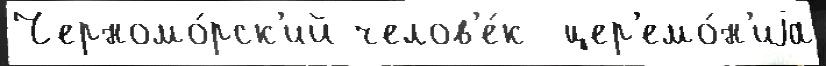
Черномо́рск'ий челов'е́к  цер'емо́н'иjа